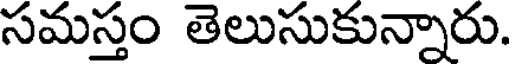
సమస్తం తెలుసుకున్నారు.